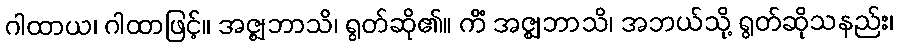
ဂါထာယ၊ ဂါထာဖြင့်။ အဇ္ဈဘာသိ၊ ရွတ်ဆို၏။ ကိံ အဇ္ဈဘာသိ၊ အဘယ်သို့ ရွတ်ဆိုသနည်း၊